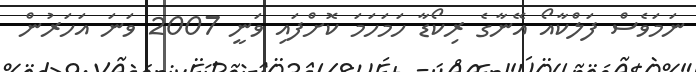
ނަމަވެސް ފަލްކާއޯ އޭނާގެ ރިކޯޑާ ހަމަހަމަ ކޮށްފައި ވަނީ 2007 ވަނަ އަހަރުން